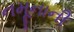
નમૂનાની